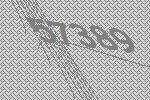
57389